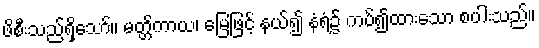
ဖိစီးသည်ရှိသော်။ မတ္တိကာယ၊ မြေဖြင့် နယ်၍ နံရံ၌ ကပ်၍ထားသော စပါးသည်။